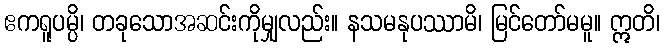
ဧကရူပမ္ပိ၊ တခုသောအဆင်းကိုမျှလည်း။ နသမနုပဿာမိ၊ မြင်တော်မမူ။ ဣတိ၊